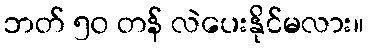
ဘတ် ၅၀ တန် လဲပေးနိုင်မလား။